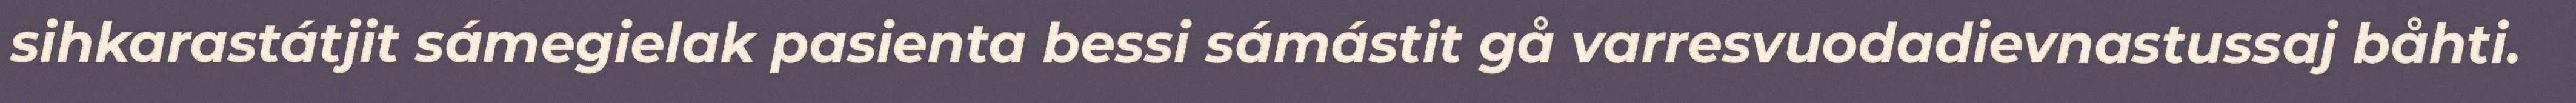
sihkarastátjit sámegielak pasienta bessi sámástit gå varresvuodadievnastussaj båhti.